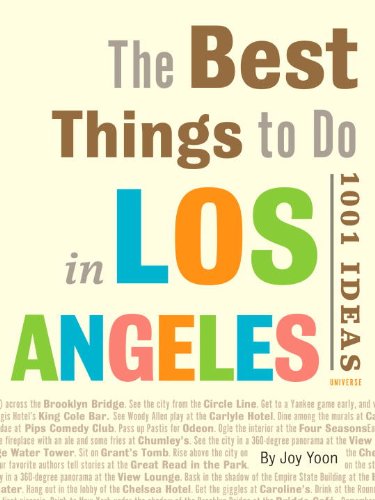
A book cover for The Best Things to Do in Los Angeles: 1001 Ideas; Joy Yoon; Travel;